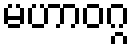
မဟာဝဂ္ဂ